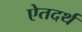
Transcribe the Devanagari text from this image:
ऐतदर्थ